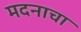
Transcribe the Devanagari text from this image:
मदनाचा